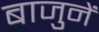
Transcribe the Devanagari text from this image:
बाजुनें